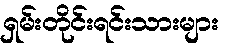
ရှမ်းတိုင်းရင်းသားများ